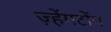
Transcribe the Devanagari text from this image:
ज़्हेंगटोंग